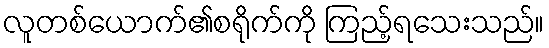
လူတစ်ယောက်၏စရိုက်ကို ကြည့်ရသေးသည်။